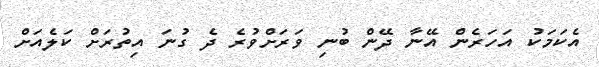
އެކަމަކު އަހަރެން އޭނާ ދޭން ބުނި ވަރަށްވުރެ ދެ ގުނަ އިތުރަށް ކަލެއަށް